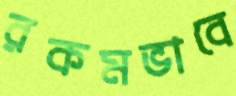
রকমভাবে